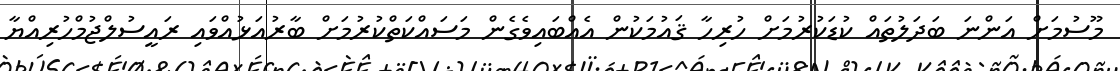
މޫސުމަށް އަންނަ ބަދަލުތައް ކުޑަކުރުމަށް ހުރިހާ ޤައުމަކުން އެއްބައިވެގެން މަސައްކަތްކުރުމަށް ބާރުއަޅުއްވައި ރައީސުލްޖުމްހުރިއްޔާ